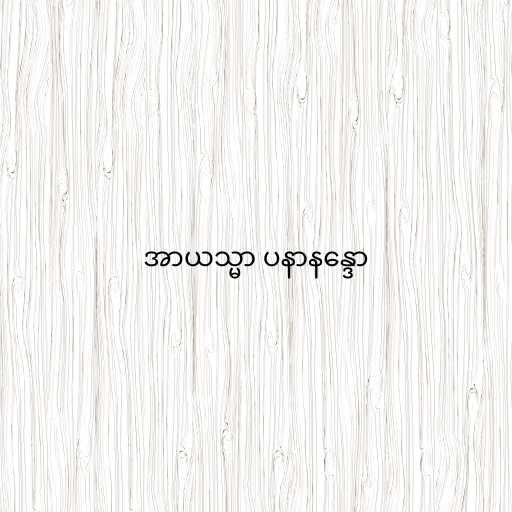
အာယသ္မာ ပနာနန္ဒော